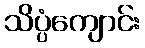
သိပ္ပံကျောင်း